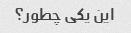
این یکی چطور؟